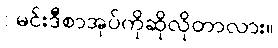
: မင်းဒီစာအုပ်ကိုဆိုလိုတာလား။